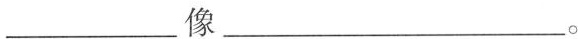
___像___。